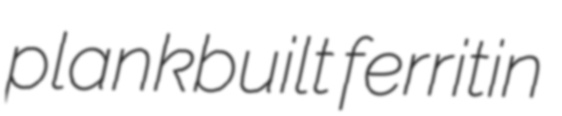
plankbuilt ferritin